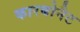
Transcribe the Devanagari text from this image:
कारबोनैट